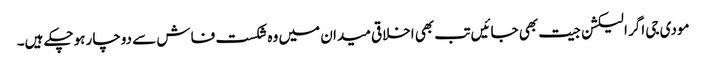
مودی جی اگر الیکشن جیت بھی جائیں تب بھی اخلاقی میدان میں وہ شکست فاش سے دوچار ہوچکے ہیں۔